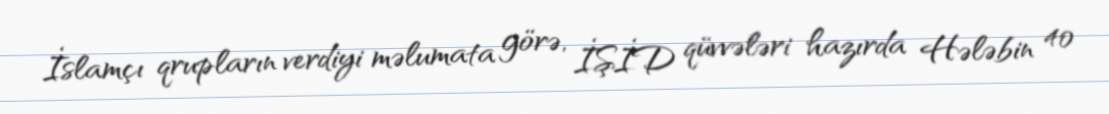
İslamçı qrupların verdiyi məlumata görə, İŞİD qüvvələri hazırda Hələbin 40